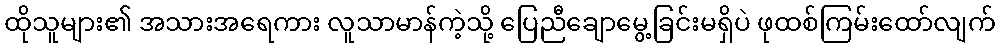
ထိုသူများ၏ အသားအရေကား လူသာမာန်ကဲ့သို့ ပြေညီချောမွေ့ခြင်းမရှိပဲ ဖုထစ်ကြမ်းထော်လျက်